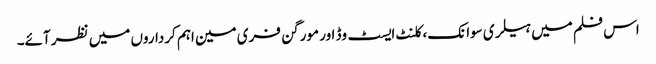
اس فلم میں ہیلری سوانک، کلنٹ ایسٹ وڈ اور مورگن فری مین اہم کرداروں میں نظر آئے۔